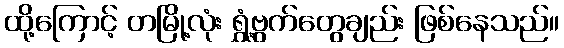
ထို့ကြောင့် တမြို့လုံး ရွှံ့ဗွက်တွေချည်း ဖြစ်နေသည်။